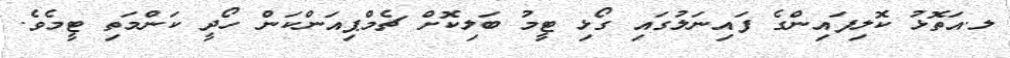
ލ.އަތޮޅު ކޮލިިފައިންގެ ފައިނަލުގައި ގޯޅި ޓީމު ބަލިކޮށް ޗެމްޕިއަންކަން ހޯދީ ކަންމަތި ޓީމެވެ.